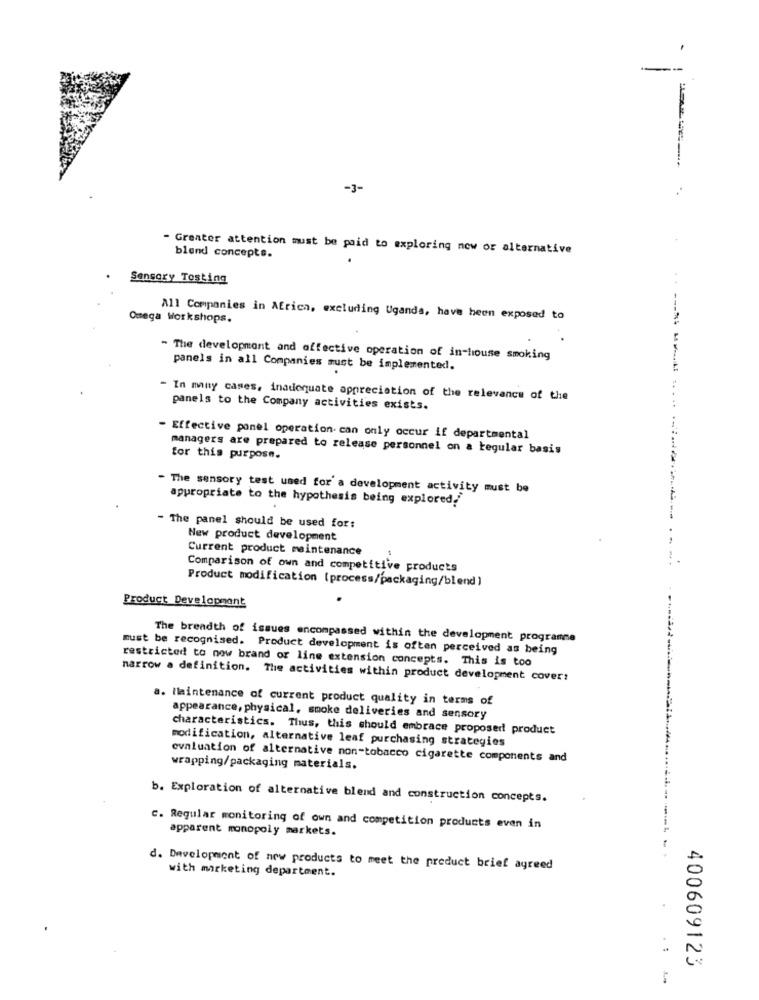
--
---
-3-
..
Greater attention must be paid to exploring now or alternative
blend concepts.
Sensory Tosting
. .
Omega Workshops.
All Companies in Africa, excluding Uganda, have been exposed to
- The development and affective operation of in-house smoking
panels in all Companies must be implemented.
- In many cases, inadequate appreciation of the relevance of the
panels to the Company activities exists.
- Effective ponel operation. can only occur if departmental
managers are prepared to release personnel on a regular basis
for this purpose.
- The sensory test used for' a development activity must be
appropriate to the hypothesis being explored.
- The panel should be used for:
New product development
Current product maintenance
Comparison of own and competitive products
Product modification (process/packaging/blend )
Product Development
The breadth of issues encompassed within the development programme
must be recognised. Product development is often perceived as being
restricted to now brand or line extension concepts. This is too
narrow a definition. The activities within product development cover:
a. Maintenance of current product quality in terms of
appearance, physical, smoke deliveries and sensory
characteristics. Thus, this should embrace proposed product
modification, alternative leaf purchasing strategies
evaluation of alternative non-tobacco cigarette components and
wrapping/packaging materials.
b. Exploration of alternative blend and construction concepts.
c. Regular monitoring of own and competition products even in
apparent monopoly markets.
--
d. Development of new products to meet the product brief agreed
with marketing department.
. :
400609123